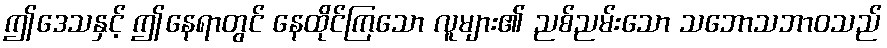
ဤဒေသနှင့် ဤနေရာတွင် နေထိုင်ကြသော လူများ၏ ညစ်ညမ်းသော သဘောသဘာဝသည်